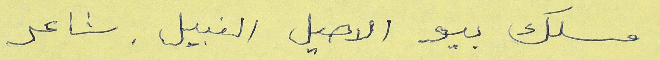
مسلك بيو الاصيل النبيل. شاعر